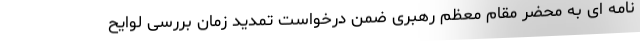
نامه ای به محضر مقام معظم رهبری ضمن درخواست تمدید زمان بررسی لوایح